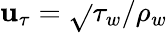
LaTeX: \mathbf{u}_{\tau}=\sqrt{}{{\tau_{w}/\rho_{w}}}